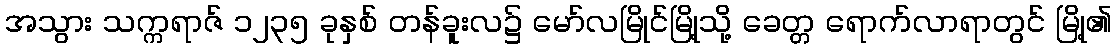
အသွား သက္ကရာဇ် ၁၂၃၅ ခုနှစ် တန်ခူးလ၌ မော်လမြိုင်မြို့သို့ ခေတ္တ ရောက်လာရာတွင် မြို့၏